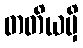
တတိယမှိ